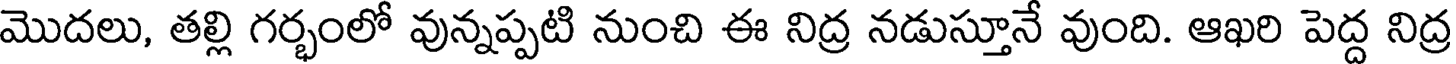
మొదలు, తల్లి గర్భంలో వున్నప్పటి నుంచి ఈ నిద్ర నడుస్తూనే వుంది. ఆఖరి పెద్ద నిద్ర